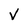
Character: V